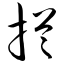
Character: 拦